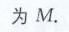
为\(M\).